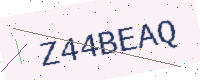
Text: Z44BEAQ